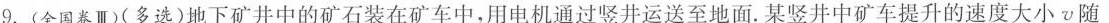
9.(全国卷Ⅲ)(多选)地下矿井中的矿石装在矿车中，用电机通过竖井运送至地面。某竖井中矿车提升的速度大小v随